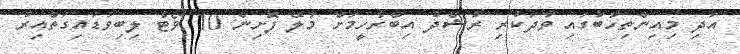
އަދި މިއިންތިހާބުގައި ވާދަކުރި ރުޝްދު އިބްރާހީމަށް މާލޭ ފޮށިން 10 ވޯޓް ލިބިވަޑައިގަތްއިރު